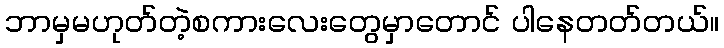
ဘာမှမဟုတ်တဲ့စကားလေးတွေမှာတောင် ပါနေတတ်တယ်။